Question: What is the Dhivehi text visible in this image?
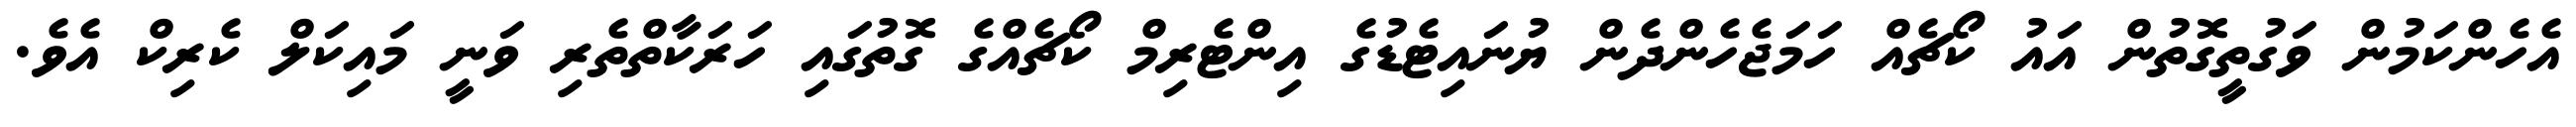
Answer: އެހެންކަމުން ވަގުތީގޮތުން އައު ކޯޗެއް ހަމަޖެހެންދެން ޔުނައިޓެޑުގެ އިންޓެރިމް ކޯޗެއްގެ ގޮތުގައި ހަރަކާތްތެރި ވަނީ މައިކަލް ކެރިކް އެވެ.